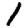
Digit: 1